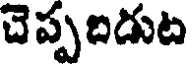
చెప్పదిడుట